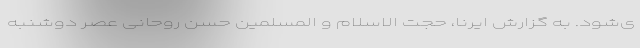
ی‌شود. به گزارش ایرنا، حجت الاسلام و المسلمین حسن روحانی عصر دوشنبه